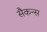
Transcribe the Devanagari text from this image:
सैकन्स